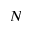
N